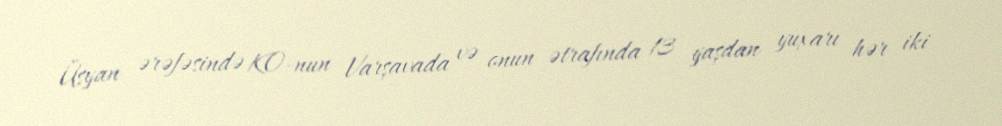
Üsyan ərəfəsində KO-nun Varşavada və onun ətrafında 13 yaşdan yuxarı hər iki